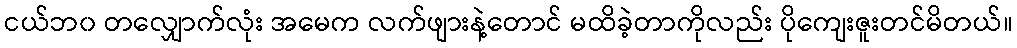
ငယ်ဘ၀ တလျှောက်လုံး အမေက လက်ဖျားနဲ့တောင် မထိခဲ့တာကိုလည်း ပိုကျေးဇူးတင်မိတယ်။